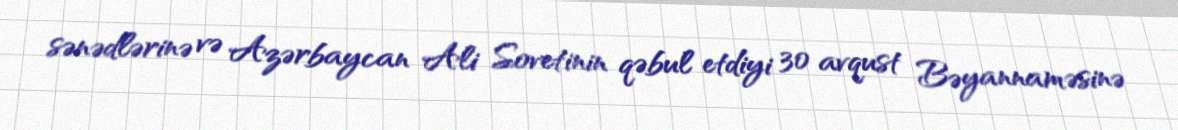
sənədlərinə və Azərbaycan Ali Sovetinin qəbul etdiyi 30 avqust Bəyannaməsinə